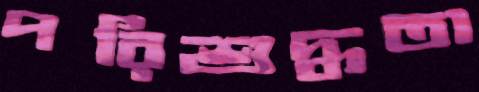
পরিশুদ্ধতা